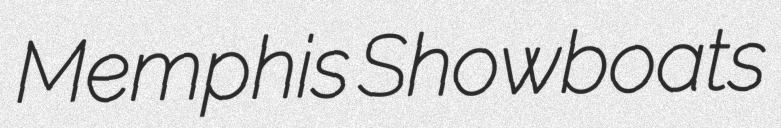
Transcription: Memphis Showboats